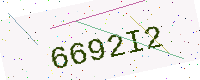
Text: 6692I2